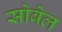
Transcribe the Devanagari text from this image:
सोबेल